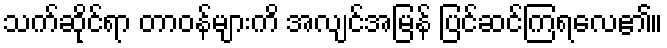
သက်ဆိုင်ရာ တာဝန်များကိ အလျင်အမြန် ပြင်ဆင်ကြရလေ၏။